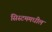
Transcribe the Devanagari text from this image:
सिस्टममधील